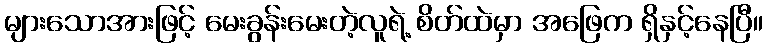
များသောအားဖြင့် မေးခွန်းမေးတဲ့လူရဲ့ စိတ်ထဲမှာ အဖြေက ရှိနှင့်နေပြီ။